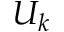
U _ { k }